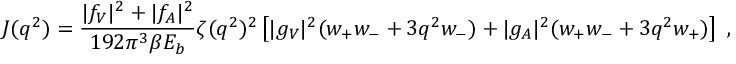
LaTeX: J ( q ^ { 2 } ) = \frac { \vert f _ { V } \vert ^ { 2 } + \vert f _ { A } \vert ^ { 2 } } { 1 9 2 \pi ^ { 3 } \beta E _ { b } } \zeta ( q ^ { 2 } ) ^ { 2 } \left[ \vert g _ { V } \vert ^ { 2 } ( w _ { + } w _ { - } + 3 q ^ { 2 } w _ { - } ) + \vert g _ { A } \vert ^ { 2 } ( w _ { + } w _ { - } + 3 q ^ { 2 } w _ { + } ) \right] \; ,